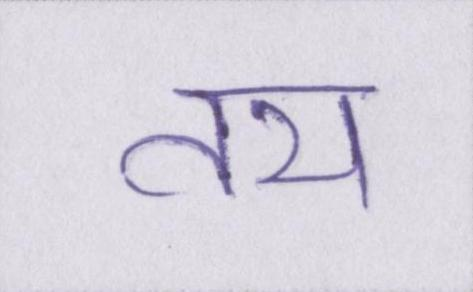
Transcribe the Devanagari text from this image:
तय